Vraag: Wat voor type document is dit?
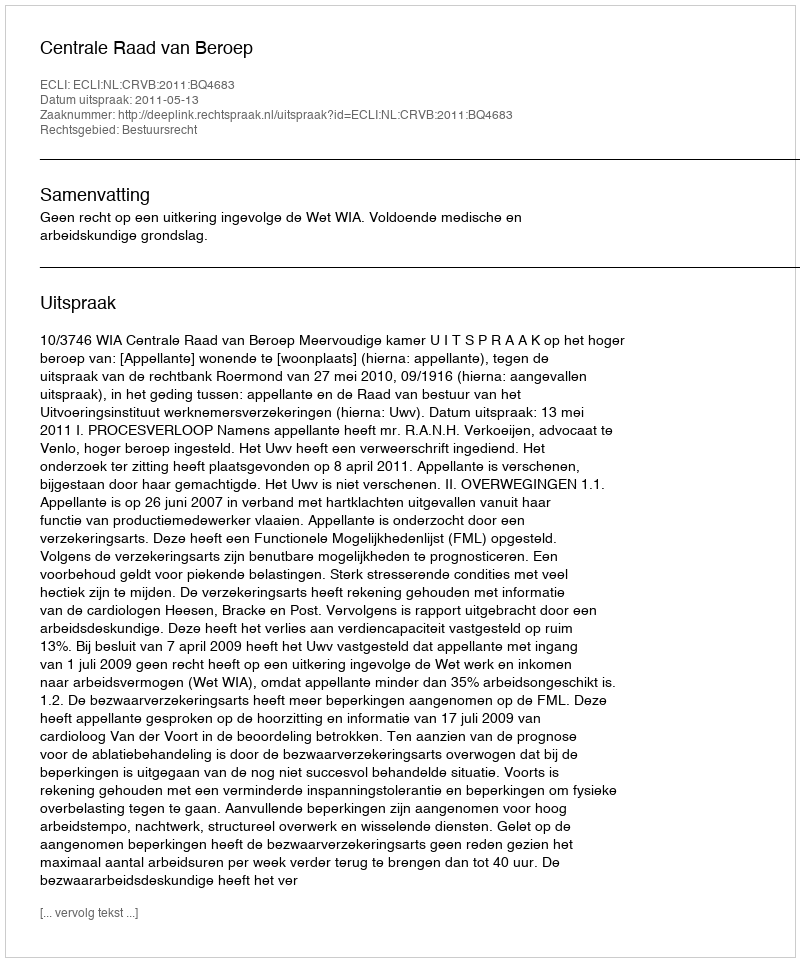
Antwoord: Uitspraak